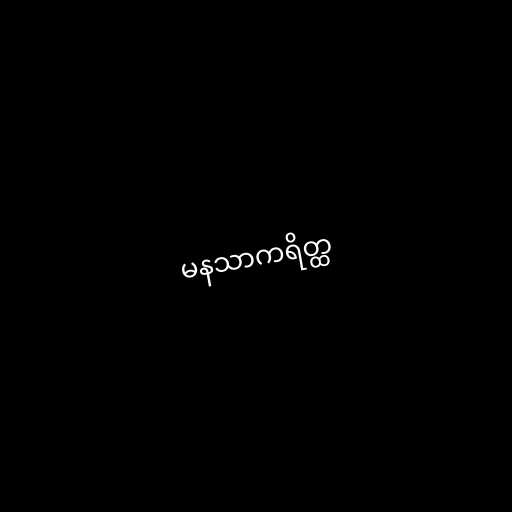
မနသာကရိတ္ထ